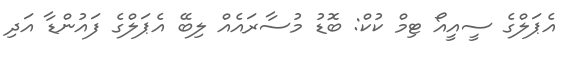
އެޕަލްގެ ސީއީއޯ ޓިމް ކުކް: ބޮޑު މުސާރައެއް ލިބޭ އެޕަލްގެ ފައުންޑާ އަދި